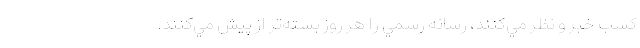
كسب خبر و نظر مي‌كنند، رسانه رسمي را هر روز بسته‌تر از پيش مي‌كنند.